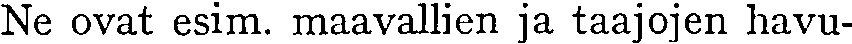
Ne ovat esim. maavallien ja taajojen havu-